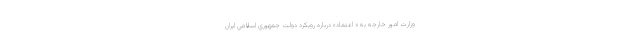
وزارت امور خارجه به « اعتماد» درباره رويكرد دولت جمهوري اسلامي ايران